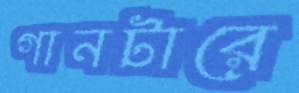
গানটারে